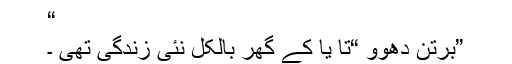
“
”برتن دھوو “تا یا کے گھر بالکل نئی زندگی تھی ۔